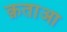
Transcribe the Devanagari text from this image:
क़ताआ